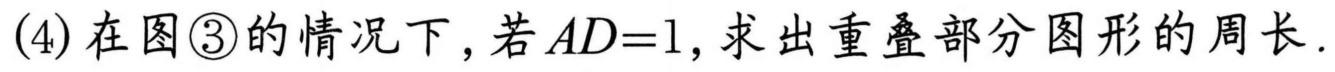
(4)在图\textcircled{3}的情况下，若\(AD = 1\)，求出重叠部分图形的周长.